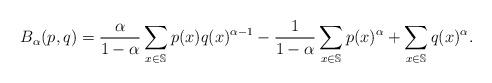
LaTeX: \begin{align*}B_\alpha (p, q) = \frac{\alpha}{1 - \alpha}\sum\limits_{x\in\mathbb{S}}p (x)q(x)^{\alpha -1}- \frac{1}{1 - \alpha}\sum\limits_{x\in\mathbb{S}}p(x)^{\alpha} + \sum\limits_{x\in\mathbb{S}} q(x)^{\alpha}.\end{align*}